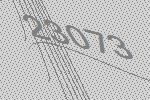
23073